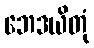
ဘေဒယိတုံ